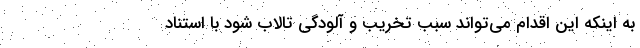
به اینکه این اقدام می‌تواند سبب تخریب و آلودگی تالاب شود با استناد